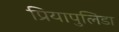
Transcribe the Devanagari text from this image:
प्रियापुलिडा